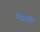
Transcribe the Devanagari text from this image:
मीटरशी